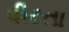
પીટતા